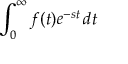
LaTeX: \int _ { 0 } ^ { \infty } f ( t ) e ^ { - s t } \, d t